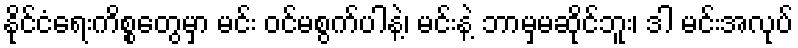
နိုင်ငံရေးကိစ္စတွေမှာ မင်း ဝင်မစွက်ပါနဲ့၊ မင်းနဲ့ ဘာမှမဆိုင်ဘူး၊ ဒါ မင်းအလုပ်